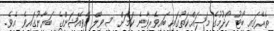
ތެރޭގައި ބޯޓު ހޯދުމުގެ މަސައްކަތުގައި ބައިވެރިވާނެ ކަމަށް ސިވިލް އޭވިއޭޝަންގެ ބަޔާނުގައިވެ އެވެ.